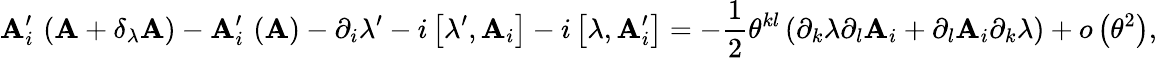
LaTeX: \mathbf{A}_{i}^{\prime}\, \left(\mathbf{A}+\delta_{\lambda}\mathbf{A}\right)-\mathbf{A}_{i}^{\prime}\, \left(\mathbf{A}\right)-\partial_{i}\lambda^{\prime}-i\left[\lambda^{\prime},\mathbf{A}_{i}\right]-i\left[\lambda,\mathbf{A}_{i}^{\prime}\right]=-\frac{{1}}{{2}}\theta^{kl}\left(\partial_{k}\lambda\partial_{l}\mathbf{A}_{i}+\partial_{l}\mathbf{A}_{i}\partial_{k}\lambda\right)+o\left(\theta^{2}\right),